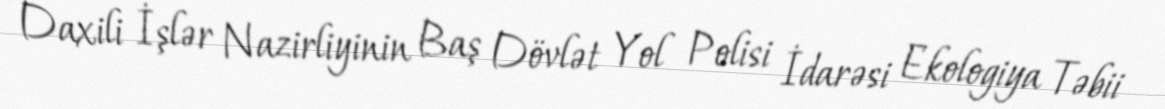
Daxili İşlər Nazirliyinin Baş Dövlət Yol Polisi İdarəsi Ekologiya Təbii